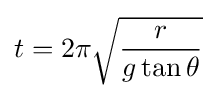
t=2\pi {\sqrt {\frac {r}{g\tan \theta }}}